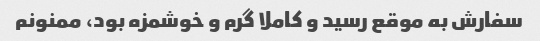
سفارش به موقع رسید و کاملا گرم و خوشمزه بود، ممنونم